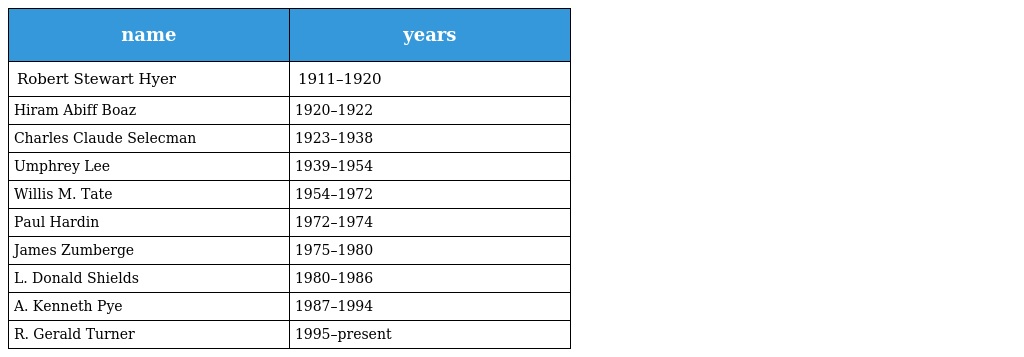
| name | years |
 | --- | --- |
 | Robert Stewart Hyer | 1911–1920 |
 | Hiram Abiff Boaz | 1920–1922 |
 | Charles Claude Selecman | 1923–1938 |
 | Umphrey Lee | 1939–1954 |
 | Willis M. Tate | 1954–1972 |
 | Paul Hardin | 1972–1974 |
 | James Zumberge | 1975–1980 |
 | L. Donald Shields | 1980–1986 |
 | A. Kenneth Pye | 1987–1994 |
 | R. Gerald Turner | 1995–present |